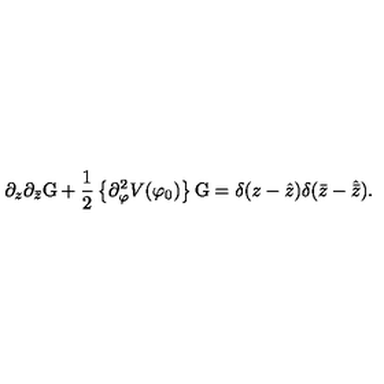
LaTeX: \partial _ { z } \partial _ { \bar { z } } \mathrm { G } + \frac { 1 } { 2 } \left\{ \partial _ { \varphi } ^ { 2 } V ( \varphi _ { 0 } ) \right\} \mathrm { G } = \delta ( z - \hat { z } ) \delta ( \bar { z } - \hat { \bar { z } } ) .